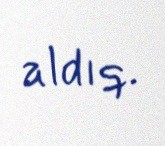
aldıq.